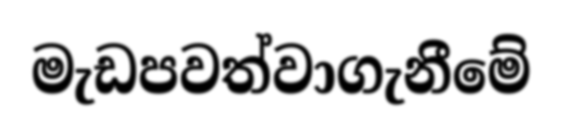
මැඩපවත්වාගැනීමේ